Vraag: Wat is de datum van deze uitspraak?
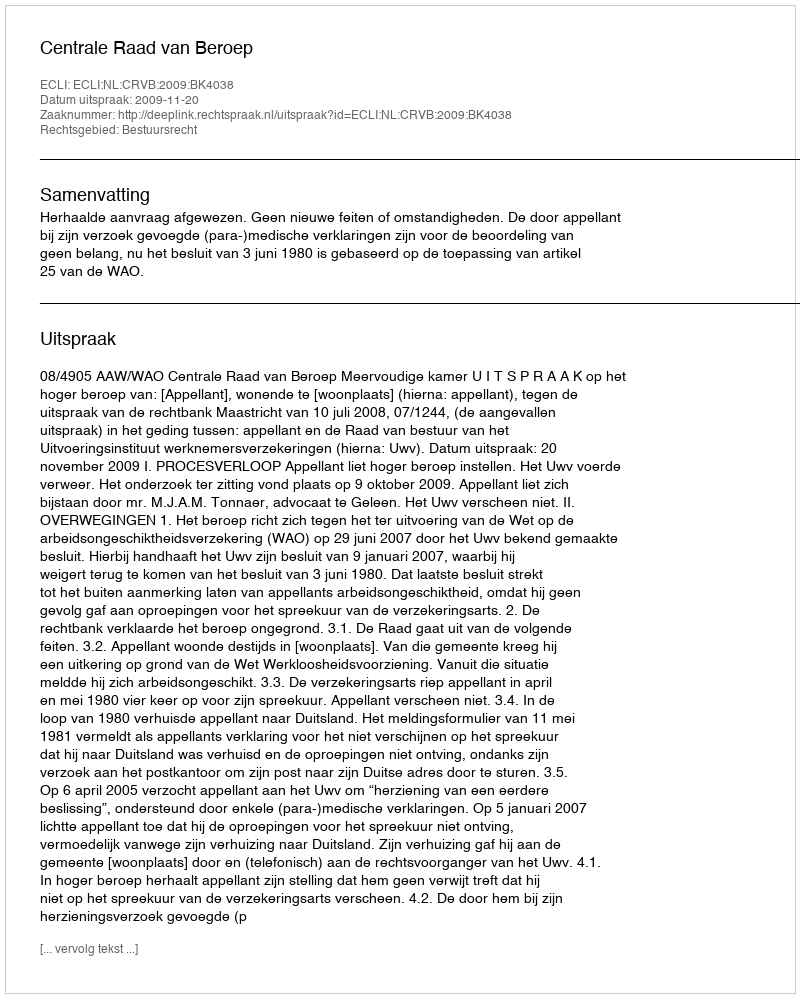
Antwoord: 2009-11-20